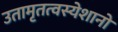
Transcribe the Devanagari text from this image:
उतामृतत्वस्येशानो